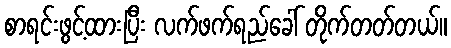
စာရင်းဖွင့်ထားပြီး လက်ဖက်ရည်ခေါ် တိုက်တတ်တယ်။